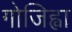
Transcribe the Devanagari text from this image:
गोजिह्वा